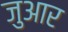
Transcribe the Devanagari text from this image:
जुआर